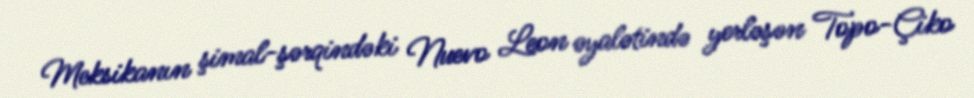
Meksikanın şimal-şərqindəki Nuevo Leon əyalətində yerləşən Topo-Çiko